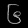
Digit: ၆